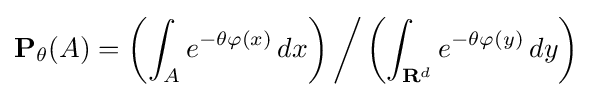
\mathbf {P} _{\theta }(A)=\left(\int _{A}e^{-\theta \varphi (x)}\,dx\right){\bigg /}\left(\int _{\mathbf {R} ^{d}}e^{-\theta \varphi (y)}\,dy\right)